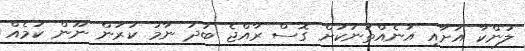
ލަންކާ އަށާއި އަނެއްތަނަކަށް ގޮސް ރާއްޖެ ބަދު ނާމު ކުރުން ނޫން ކަމެއް